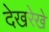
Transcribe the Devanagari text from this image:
देखरेखे